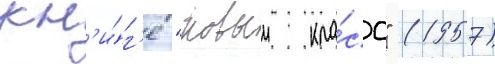
кн'и́г'е "новыи кла́сс" (1957)